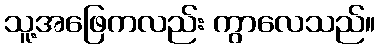
သူ့အဖြေကလည်း ကွာလေသည်။